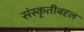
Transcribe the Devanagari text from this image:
संस्कृतीबद्द्ल